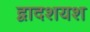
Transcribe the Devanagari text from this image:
द्वादशयश